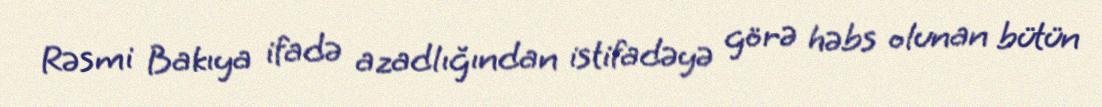
Rəsmi Bakıya ifadə azadlığından istifadəyə görə həbs olunan bütün